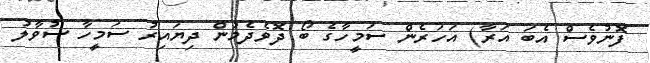
ފޮނުވެސް އެބަ އަރާ) އަހަރެން ސަމީހާގެ ބޯ ދޮވެދެމުން ދިޔައިރު ސަމީހާ ސުވާލު